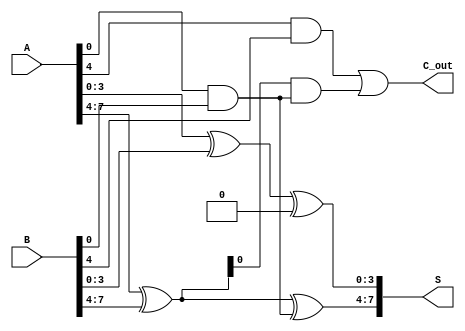
module han_carlson_adder (
    input [N-1:0] A,    // First operand
    input [N-1:0] B,    // Second operand
    output [N-1:0] S,   // Sum output
    output C_out        // Carry-out
);
    parameter N = 8; // You can adjust the size as needed, e.g., 8, 16, etc.
    parameter BLOCK_SIZE = 4; // Size of each block

    // Number of blocks
    localparam NUM_BLOCKS = N / BLOCK_SIZE;

    // Wires for carry-in and carry-out for each block
    wire [NUM_BLOCKS:0] carry; // Carry array, one extra for the final carry-out

    assign carry[0] = 0; // Initial carry-in is 0

    // Generate sum and carry for each block
    genvar i;
    generate
        for (i = 0; i < NUM_BLOCKS; i = i + 1) begin : adder_block
            // Local inputs
            wire [BLOCK_SIZE-1:0] A_block = A[i*BLOCK_SIZE +: BLOCK_SIZE];
            wire [BLOCK_SIZE-1:0] B_block = B[i*BLOCK_SIZE +: BLOCK_SIZE];

            // Local carry generation
            wire [BLOCK_SIZE-1:0] sum;
            wire carry_out;

            // Sum calculation using XOR
            assign sum = A_block ^ B_block ^ carry[i];

            // Carry generation logic
            assign carry_out = (A_block & B_block) | ((A_block ^ B_block) & carry[i]);

            // Assign sum to the output
            assign S[i*BLOCK_SIZE +: BLOCK_SIZE] = sum;

            // Assign carry out to the carry array
            assign carry[i + 1] = carry_out;
        end
    endgenerate

    // Final carry-out
    assign C_out = carry[NUM_BLOCKS];

endmodule